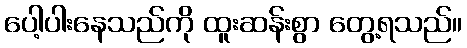
ပေါ့ပါးနေသည်ကို ထူးဆန်းစွာ တွေ့ရသည်။